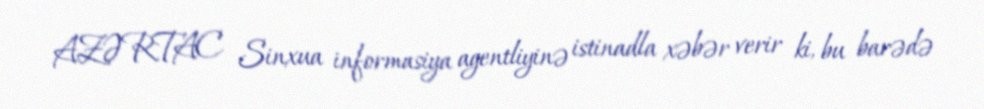
AZƏRTAC Sinxua informasiya agentliyinə istinadla xəbər verir ki, bu barədə